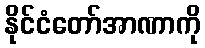
နိုင်ငံတော်အာဏာကို